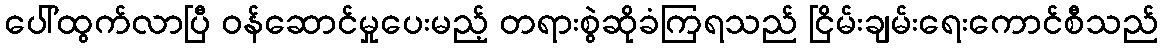
ပေါ်ထွက်လာပြီ ဝန်ဆောင်မှုပေးမည့် တရားစွဲဆိုခံကြရသည် ငြိမ်းချမ်းရေးကောင်စီသည်